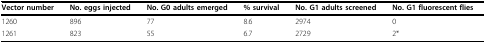
<table><thead><tr><td><b>Vector number</b></td><td><b>No. eggs injected</b></td><td><b>No. G0 adults emerged</b></td><td><b>% survival</b></td><td><b>No. G1 adults screened</b></td><td><b>No. G1 fluorescent flies</b></td></tr></thead><tbody><tr><td>1260</td><td>896</td><td>77</td><td>8.6</td><td>2974</td><td>0</td></tr><tr><td>1261</td><td>823</td><td>55</td><td>6.7</td><td>2729</td><td>2*</td></tr></tbody></table>